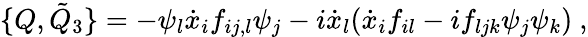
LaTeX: \{ Q,{\tilde{Q}}_{3}\} =-\psi_{l}{\dot{x}}_{i}f_{ij,l}\psi_{j}-i{\dot{x}}_{l}({\dot{x}}_{i}f_{il}-if_{ljk}\psi_{j}\psi_{k})\ ,